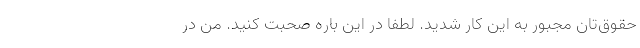
حقوق‌تان مجبور به این کار شدید. لطفاً در این باره صحبت کنید. من در